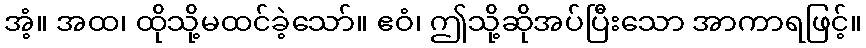
အံ့။ အထ၊ ထိုသို့မထင်ခဲ့သော်။ ဧဝံ၊ ဤသို့ဆိုအပ်ပြီးသော အာကာရဖြင့်။